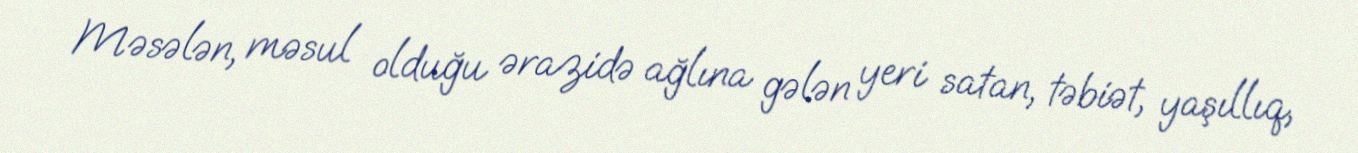
Məsələn, məsul olduğu ərazidə ağlına gələn yeri satan, təbiət, yaşıllıq,